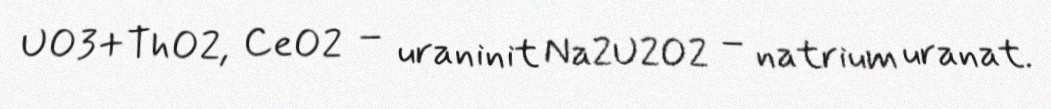
UO3+ThO2, CeO2 – uraninit Na2U2O2 – natrium uranat.